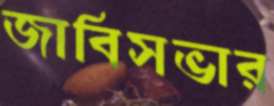
জাবিসভার